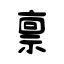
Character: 禀